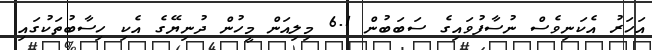
އަހަރު އެކަނިވެސް ނުސާފުވައިގެ ސަބަބުން 6.1 މިލިއަން މީހުން ދުނިޔޭގެ އެކި ހިސާބުތަކުގައި